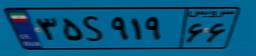
۳۵S۹۱۹۶۶